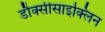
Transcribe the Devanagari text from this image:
डौक्सीसाइक्लिन